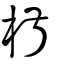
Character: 茮